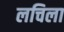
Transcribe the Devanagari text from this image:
लचिला